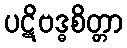
ပဋိဗဒ္ဓစိတ္တာ